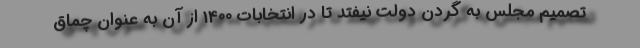
تصمیم مجلس به گردن دولت نیفتد تا در انتخابات 1400 از آن به عنوان چماق